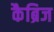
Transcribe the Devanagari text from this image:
कैब्रिज